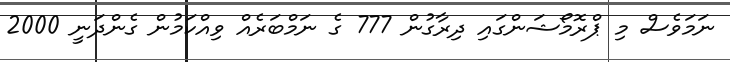
ނަމަވެސް މި ޕްރޮމޯޝަންގައި ދިރާގުން 777 ގެ ނަމްބަރެއް ވިއްކަމުން ގެންދަނީ 2000